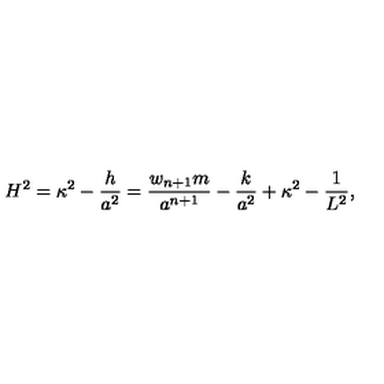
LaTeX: H ^ { 2 } = \kappa ^ { 2 } - { \frac { h } { a ^ { 2 } } } = { \frac { w _ { n + 1 } m } { a ^ { n + 1 } } } - { \frac { k } { a ^ { 2 } } } + \kappa ^ { 2 } - { \frac { 1 } { L ^ { 2 } } } ,